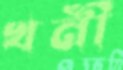
খনী